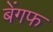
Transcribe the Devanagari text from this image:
बेंगफ